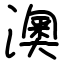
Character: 澳